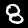
Label: 8